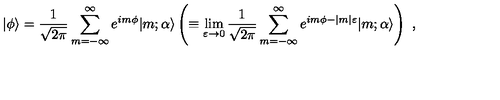
\vert \phi \rangle = { \frac { 1 } { \sqrt { 2 \pi } } } \sum _ { m = - \infty } ^ { \infty } e ^ { i m \phi } \vert m ; \alpha \rangle \left( \equiv \lim _ { \varepsilon \to 0 } { \frac { 1 } { \sqrt { 2 \pi } } } \sum _ { m = - \infty } ^ { \infty } e ^ { i m \phi - \vert m \vert \varepsilon } \vert m ; \alpha \rangle \right) \ ,